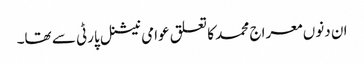
ان دنوں معراج محمد کا تعلق عوامی نیشنل پارٹی سے تھا۔